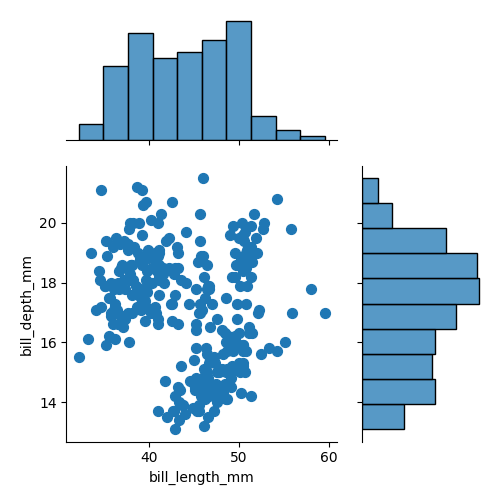
python, seaborn, jointplot, kind='scatter', height='5', ratio='2', marginal_ticks='False'